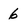
Character: 6